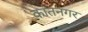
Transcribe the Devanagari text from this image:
कांतनगर